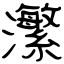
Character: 瀿